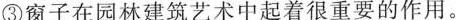
5.下列句子组成语段排序正确的一项是( )(2分)